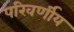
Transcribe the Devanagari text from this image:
परिवर्णीय